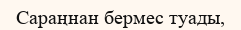
Сараңнан бермес туады,